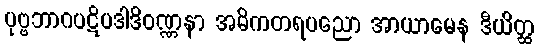
ပုဗ္ဗဘာဂပဋိပဒါဒိဝဏ္ဏနာ အဓိကတရပညော အာယာမေန ဒီယိတ္ထ